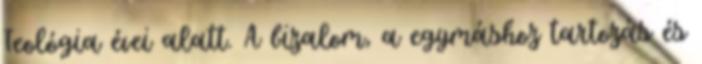
Teológia évei alatt. A bizalom, a egymáshoz tartozás és